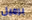
برميل